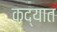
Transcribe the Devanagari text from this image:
कद्यात